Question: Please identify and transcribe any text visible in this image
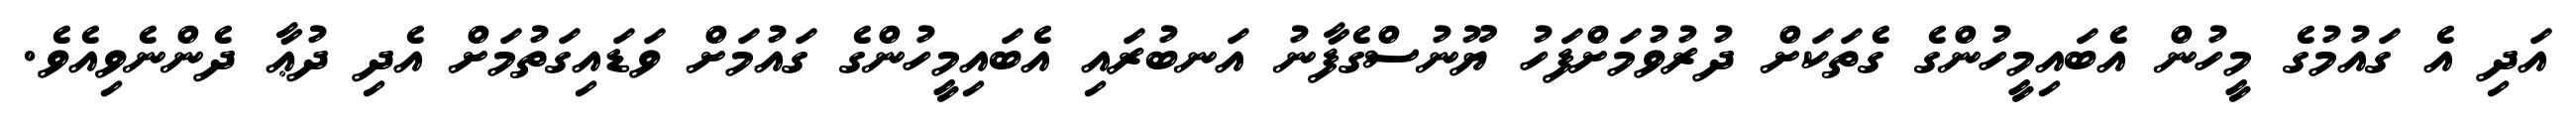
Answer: އަދި އެ ގައުމުގެ މީހުން އެބައިމީހުންގެ ގެތަކަށް ދުރުވުމަށްފަހު ޔޫނުސްގެފާނު އަނބުރައި އެބައިމީހުންގެ ގައުމަށް ވަޑައިގަތުމަށް އެދި ދުޢާ ދެންނެވިއެވެ.